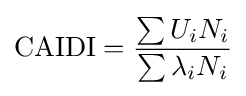
{\mbox{CAIDI}}={\frac {\sum {U_{i}N_{i}}}{\sum {\lambda _{i}N_{i}}}}